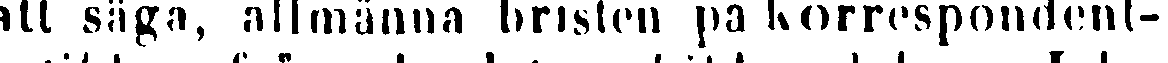
att säga, allmänna bristen på korrespondent-